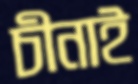
চীনাই